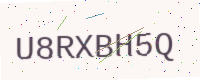
Text: U8RXBH5Q